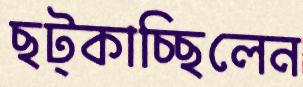
ছট্‌কাচ্ছিলেন